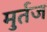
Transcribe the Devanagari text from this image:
मुर्तज